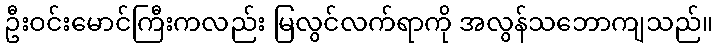
ဦးဝင်းမောင်ကြီးကလည်း မြလွင်လက်ရာကို အလွန်သဘောကျသည်။